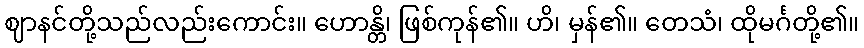
ဈာနင်တို့သည်လည်းကောင်း။ ဟောန္တိ၊ ဖြစ်ကုန်၏။ ဟိ၊ မှန်၏။ တေသံ၊ ထိုမင်္ဂတို့၏။